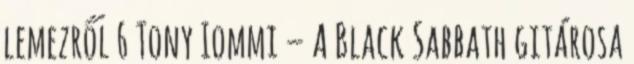
lemezről 6 Tony Iommi – A Black Sabbath gitárosa